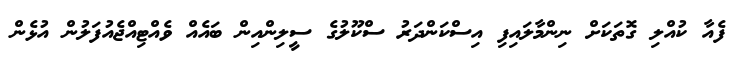
ފެއާ ކުއްލި ގޮތަކަށް ނިންމާލައިފި އިސްކަންދަރު ސްކޫލުގެ ސީލިންއިން ބައެއް ވެއްޓިއްޖެއުފަލުން އުޅެން